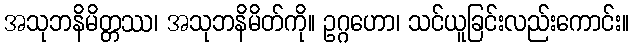
အသုဘနိမိတ္တဿ၊ အသုဘနိမိတ်ကို။ ဥဂ္ဂဟော၊ သင်ယူခြင်းလည်းကောင်း။